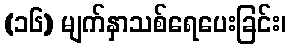
(၁၆) မျက်နှာသစ်ရေပေးခြင်း၊